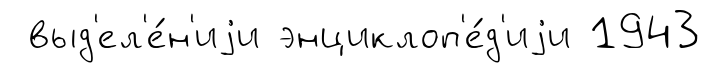
выд'ел'е́н'иjи энциклоп'е́д'иjи 1943